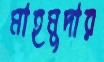
মাহমুদার